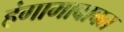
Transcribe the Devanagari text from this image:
हंगामाबाबत